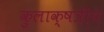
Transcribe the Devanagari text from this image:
कुलाक्षत्रीय